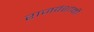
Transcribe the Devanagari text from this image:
राजवंशांनी